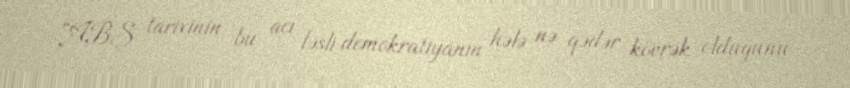
“ABŞ tarixinin bu acı fəsli demokratiyanın hələ nə qədər kövrək olduğunu